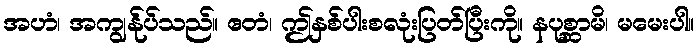
အဟံ၊ အကျွန်ုပ်သည်။ ဧတံ၊ ဤနှစ်ပါးစလုံးပြတ်ပြီးကို။ နပုစ္ဆာမိ၊ မမေးပါ။